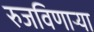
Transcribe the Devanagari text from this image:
रुजविणाऱ्या